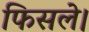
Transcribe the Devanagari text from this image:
फिसले।